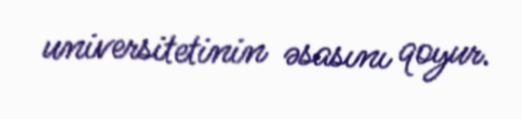
universitetinin əsasını qoyur.